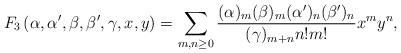
LaTeX: \begin{align*}F_3\left(\alpha,\alpha',\beta,\beta',\gamma,x,y\right)=\sum_{m,n\geq 0} \frac{(\alpha)_m(\beta)_m(\alpha')_n(\beta')_n}{(\gamma)_{m+n} n!m!} x^my^n, \end{align*}